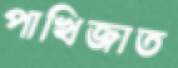
পাখিজাত